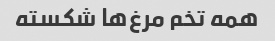
همه تخم مرغ‌ها شکسته